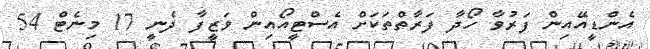
އެންޑީއޭއިން ފަރުވާ ހޯދާ ފަރާތްތަކަށް އެސްޓީއޯއިން ވަޒީފާ ދެނީ 17 މިނެޓް 54